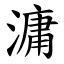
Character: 滽